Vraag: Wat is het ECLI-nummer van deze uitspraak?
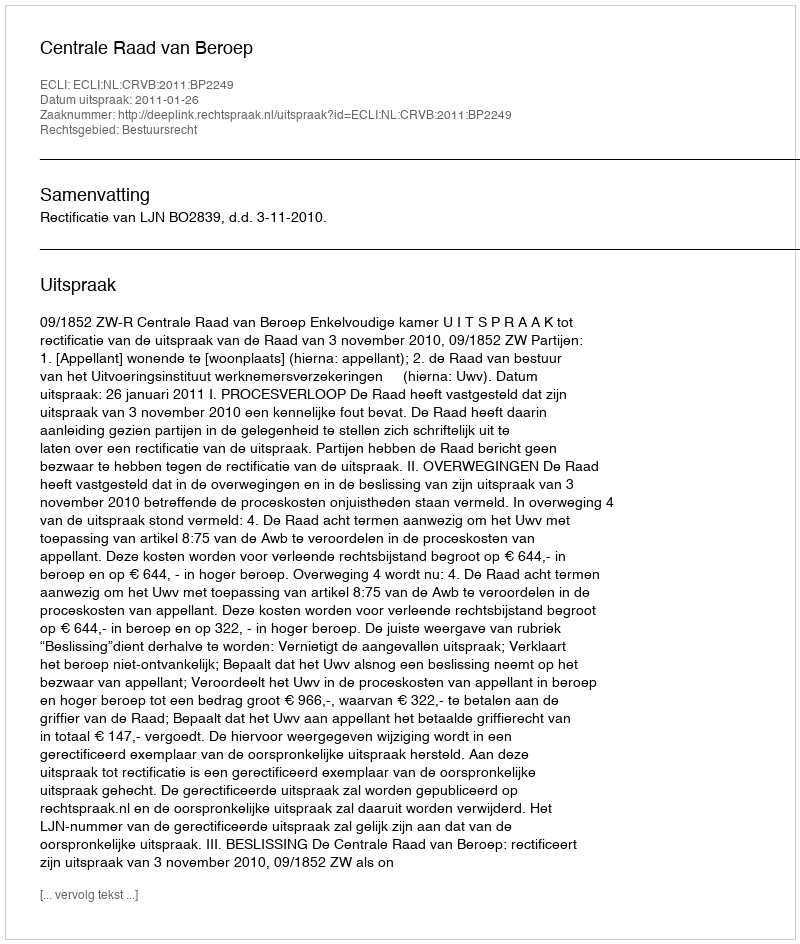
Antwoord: ECLI:NL:CRVB:2011:BP2249